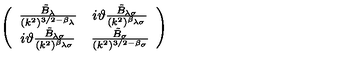
\left( \begin{array} { c c } { \frac { \tilde { B } _ { \lambda } } { ( k ^ { 2 } ) ^ { 3 / 2 - \beta _ { \lambda } } } } & { i \vartheta \frac { \tilde { B } _ { \lambda \sigma } } { ( k ^ { 2 } ) ^ { \beta _ { \lambda \sigma } } } } \\ { i \vartheta \frac { \tilde { B } _ { \lambda \sigma } } { ( k ^ { 2 } ) ^ { \beta _ { \lambda \sigma } } } } & { \frac { \tilde { B } _ { \sigma } } { ( k ^ { 2 } ) ^ { 3 / 2 - \beta _ { \sigma } } } } \\ \end{array} \right)